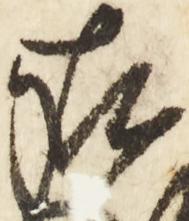
在